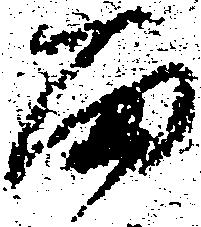
面